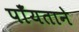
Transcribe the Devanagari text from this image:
पाँयताने